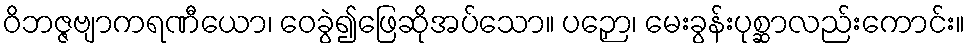
ဝိဘဇ္ဇဗျာကရဏီယော၊ ဝေခွဲ၍ဖြေဆိုအပ်သော။ ပဉှော၊ မေးခွန်းပုစ္ဆာလည်းကောင်း။